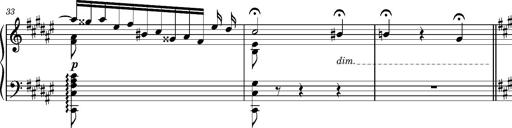
Title: Cavatine de Robert le Diable
Composer: Franz Liszt
Key: F-sharp minor